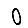
Digit: 0